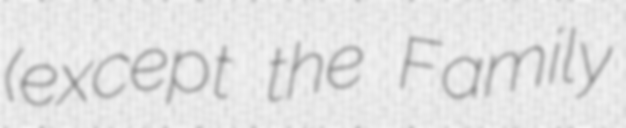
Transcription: (except the Family